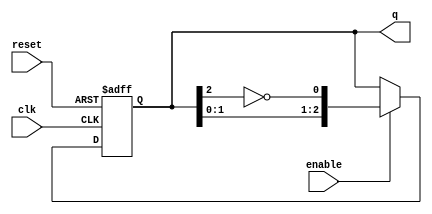
module johnson_counter #(
    parameter n = 3 // Number of flip-flops (configurable)
) (
    input wire clk,           // Clock input
    input wire reset,         // Asynchronous reset
    input wire enable,        // Enable signal
    output reg [n-1:0] q      // Counter output
);

// Always block for the Johnson counter
always @(posedge clk or posedge reset) begin
    if (reset) begin
        // Reset the counter to 0
        q <= 0;
    end else if (enable) begin
        // Johnson counter logic
        q <= {q[n-2:0], ~q[n-1]}; // Shift left and feed back inverted output of last flip-flop
    end
    // If not enabled, retain the current state
end

endmodule